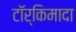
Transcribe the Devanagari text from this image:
टॉर्किमादा